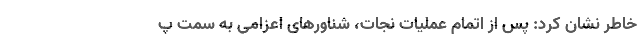
خاطر نشان کرد: پس از اتمام عملیات نجات، شناور‌های اعزامی به سمت پ